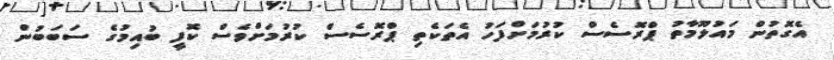
އެގޮތުން މައުލޫމާތު ޕްރޮސެސް ކުރުމަށްފަހު އެތަކެތި ޕްރޮސެސް ކުރުމަށްވެސް ކޮފީ ބުއިމުގެ ސަބަބުން